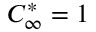
C _ { \infty } ^ { * } = 1